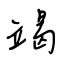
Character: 竭